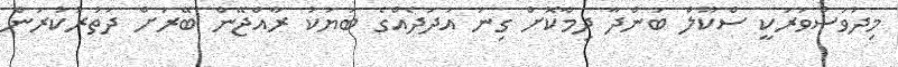
މިދުވަސްވަރަކީ ސްކޫލް ބަންދާ ދިމާކޮށް ގިނަ އަދަދެއްގެ ބަޔަކު ރާއްޖޭން ބޭރަށް ދަތުރުކުރަން